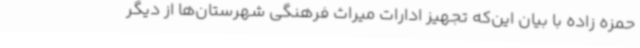
حمزه زاده با بیان این‌که تجهیز ادارات میراث فرهنگی شهرستان‌ها از دیگر